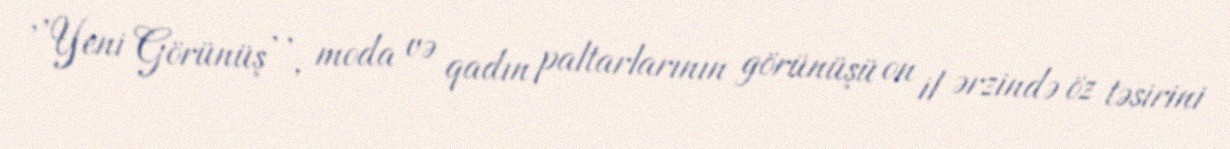
'’Yeni Görünüş’’, moda və qadın paltarlarının görünüşü on il ərzində öz təsirini